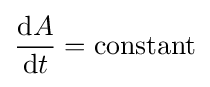
{\frac {\mathrm {d} A}{\mathrm {d} t}}={\text{constant}}